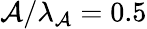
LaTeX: \mathcal{A}/\lambda_{\mathcal{A}}=0.5